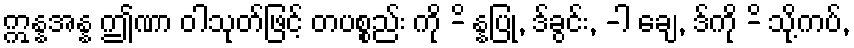
ဣန္နအန္န ဤဏာ ဝါသုတ်ဖြင့် တပစ္စည်း ကို -ိ န္နပြု, ဒ်ခွင်း, -ါ ချေ, ဒ်ကို -ိ သို့ကပ်,